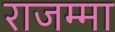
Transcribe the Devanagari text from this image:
राजम्मा